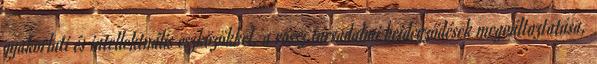
gyakorlati és intellektuális eszközökkel, a rossz társadalmi beidegződések megváltoztatása,